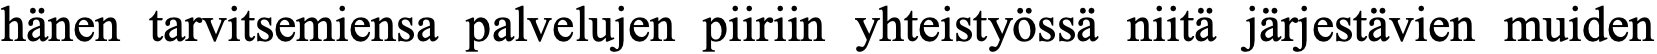
hänen tarvitsemiensa palvelujen piiriin yhteistyössä niitä järjestävien muiden